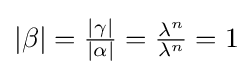
\textstyle |\beta |={\frac {|\gamma |}{|\alpha |}}={\frac {\lambda ^{n}}{\lambda ^{n}}}=1